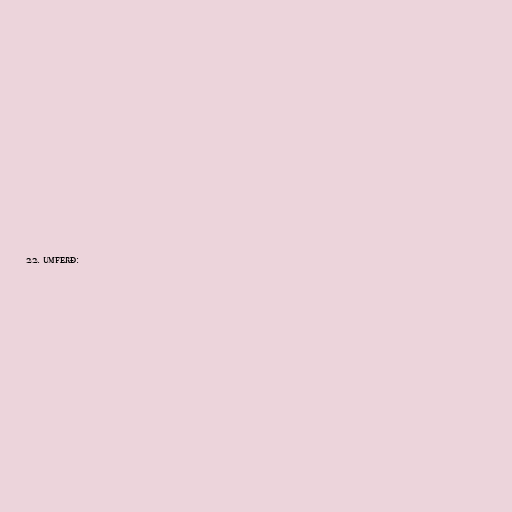
22. umferð: